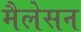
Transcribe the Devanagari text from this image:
मैलेसन